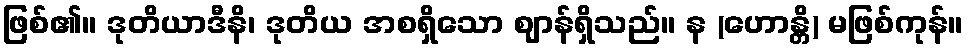
ဖြစ်၏။ ဒုတိယာဒီနိ၊ ဒုတိယ အစရှိသော ဈာန်ရှိသည်။ န (ဟောန္တိ) မဖြစ်ကုန်။